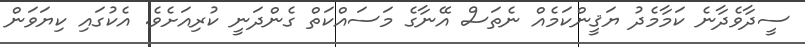
ސީދާވެދާނެ ކަމާމެދު ޔަޤީންކަމެއް ނެތަސް އޭނާގެ މަސައްކަތް ގެންދަނީ ކުރިއަށެވެ. އެކުގައި ކިޔަވަން